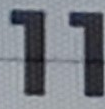
11